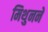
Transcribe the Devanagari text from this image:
मिथुनने